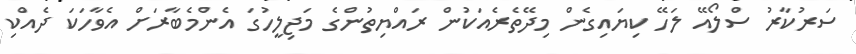
ސަރުކާރު ސްލޯއޭ ލަހޭ ކިޔައިގެން މިދޭތެރެއަކުން ރައްޔިތުންގެ މަޖިލީހުގަ އެންމެބާރަށް އެވާހަކަ ދެއްކި